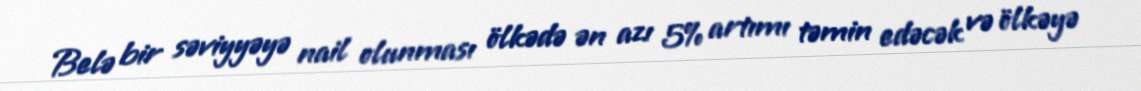
Belə bir səviyyəyə nail olunması ölkədə ən azı 5% artımı təmin edəcək və ölkəyə